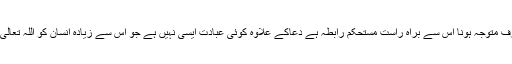
انسان کا اللہ تعالی کی طرف متوجہ ہونا اس سے براہ راست مستحکم رابطہ ہے دعاکے علاوہ کوئی عبادت ایسی نہیں ہے جو اس سے زیادہ انسان کو اللہ تعالی سے قریب کر سکتی ہو ۔